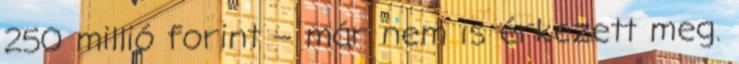
250 millió forint – már nem is érkezett meg.